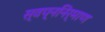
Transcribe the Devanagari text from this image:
स्वप्ननिर्माण